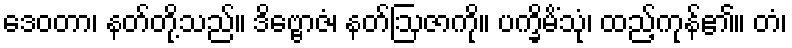
ဒေဝတာ၊ နတ်တို့သည်။ ဒိဗ္ဗောဇံ၊ နတ်ဩဇာကို။ ပက္ခိမိံသုံ၊ ထည့်ကုန်၏။ တံ၊